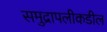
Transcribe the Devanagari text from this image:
समुद्रापलीकडील